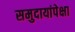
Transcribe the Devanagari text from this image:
समुदायांपेक्षा